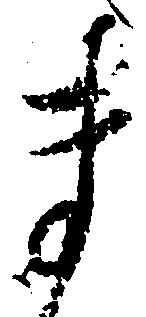
ま